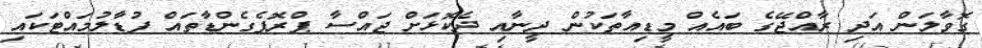
ގޮވާލަން އަދި ރާއްޖޭގެ ބައެއް މީޑިއާތަކުން ދީނާއި ދެކޮޅަށް ޖައްސާ ޕްރޮޕެގެންޑާތައް ފުޑާލުމައްޓަކައި